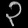
Digit: ၃